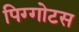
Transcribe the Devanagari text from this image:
पिग्गोटस